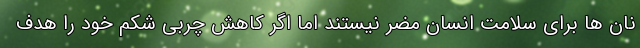
نان ها برای سلامت انسان مضر نیستند اما اگر کاهش چربی شکم خود را هدف